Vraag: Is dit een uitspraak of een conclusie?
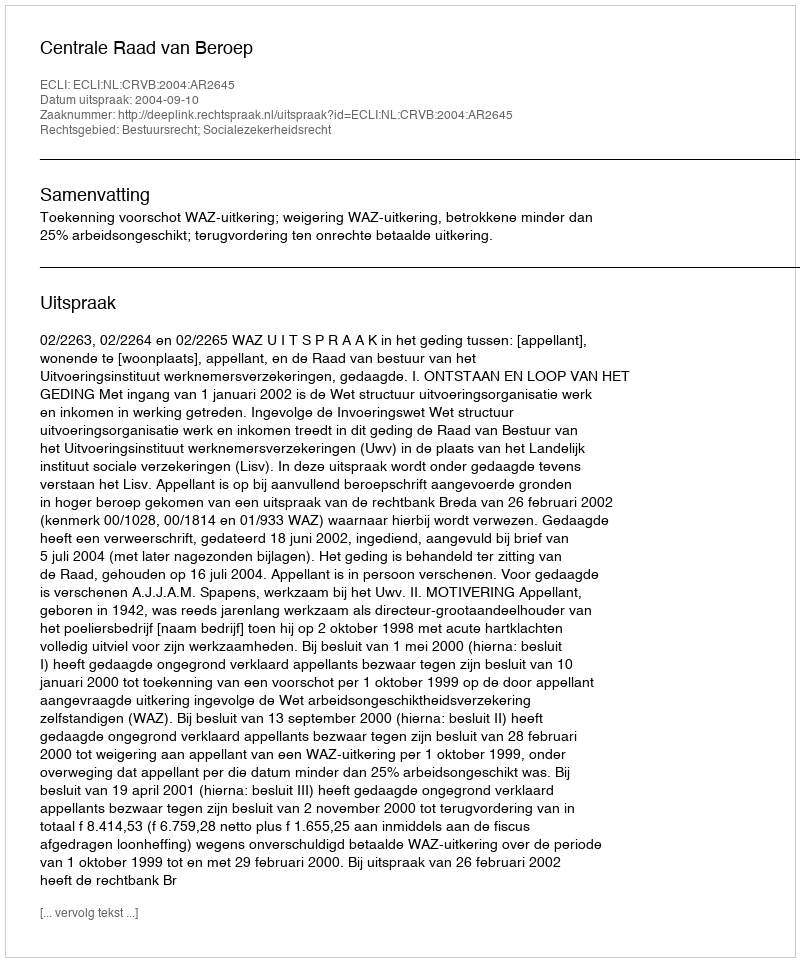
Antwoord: Uitspraak